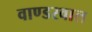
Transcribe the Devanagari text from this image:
वाण्डरवाल